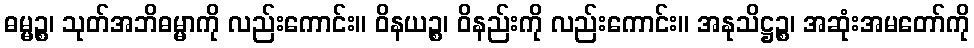
ဓမ္မဉ္စ၊ သုတ်အဘိဓမ္မာကို လည်းကောင်း။ ဝိနယဉ္စ၊ ဝိနည်းကို လည်းကောင်း။ အနုသိဋ္ဌဉ္စ၊ အဆုံးအမတော်ကို